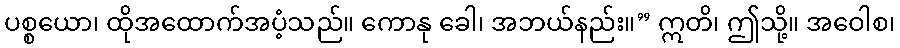
ပစ္စယော၊ ထိုအထောက်အပံ့သည်။ ကောနု ခေါ၊ အဘယ်နည်း။” ဣတိ၊ ဤသို့။ အဝေါစ၊